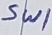
Text: Sw1